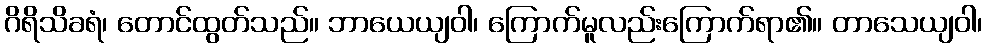
ဂိရိသိခရံ၊ တောင်ထွတ်သည်။ ဘာယေယျဝါ၊ ကြောက်မူလည်းကြောက်ရာ၏။ တာသေယျဝါ၊